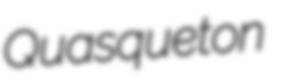
Quasqueton